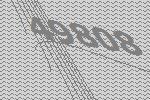
49808